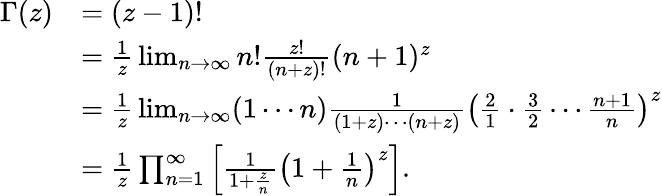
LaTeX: {\begin{array}{rl}{\Gamma(z)}&{=(z-1)!}\\ &{={\frac{1}{z}}\operatorname*{lim}_{n\to\infty}n!{\frac{z!}{(n+z)!}}(n+1)^{z}}\\ &{={\frac{1}{z}}\operatorname*{lim}_{n\to\infty}(1\cdots n){\frac{1}{(1+z)\cdots(n+z)}}\left({\frac{2}{1}}\cdot{\frac{3}{2}}\cdots{\frac{n+1}{n}}\right)^{z}}\\ &{={\frac{1}{z}}\prod_{n=1}^{\infty}\left[{\frac{1}{1+{\frac{z}{n}}}}\left(1+{\frac{1}{n}}\right)^{z}\right].}\end{array}}